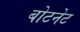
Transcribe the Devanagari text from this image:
बोटनेट